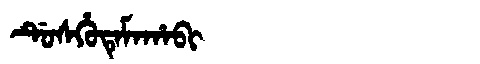
Manchu: ᡩᡠᠰᡥᡠᡨᡝᠮᠠᡥᠠᠪᡳ
Romanization: DUSHUTEMAHABI